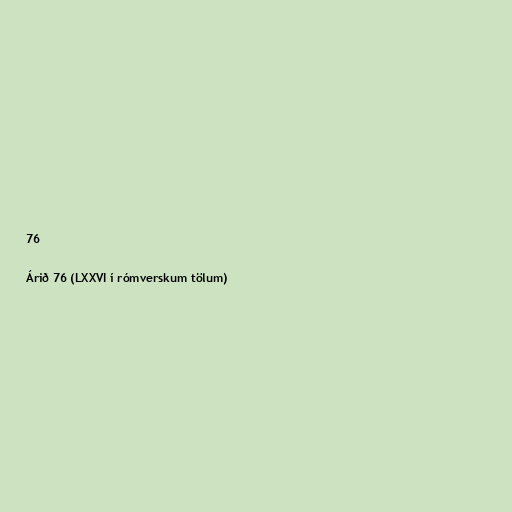
76

Árið 76 (LXXVI í rómverskum tölum)